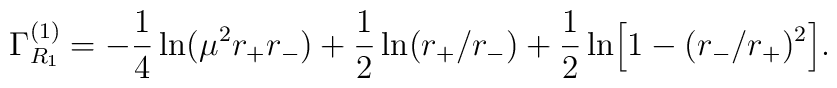
\Gamma_{R_{1}}^{(1)}=-{1\over 4}\ln(\mu^{2}r_{+}r_{-})+{1\over 2}\ln(r_{+}/r_{-})+{1\over 2}\ln \Bigr[1-(r_{-}/r_{+})^{2}\Bigr] .